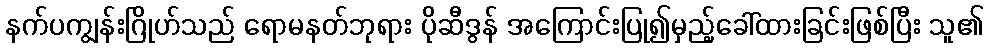
နက်ပကျွန်းဂြိုဟ်သည် ရောမနတ်ဘုရား ပိုဆီဒွန် အကြောင်းပြု၍မှည့်ခေါ်ထားခြင်းဖြစ်ပြီး သူ၏